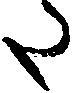
た